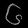
Digit: ၆